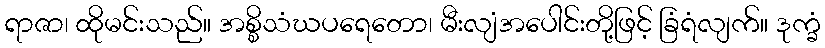
ရာဇာ၊ ထိုမင်းသည်။ အစ္စိသံဃပရေတော၊ မီးလျံအပေါင်းတို့ဖြင့် ခြံရံလျက်။ ဒုက္ခံ